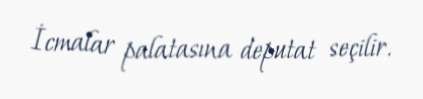
İcmalar palatasına deputat seçilir.